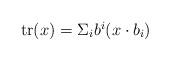
LaTeX: \begin{align*}\textstyle\mathrm{tr}(x)=\Sigma_i b^i(x\cdot b_i)\end{align*}